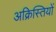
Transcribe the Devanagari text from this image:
अक्रिस्तियों